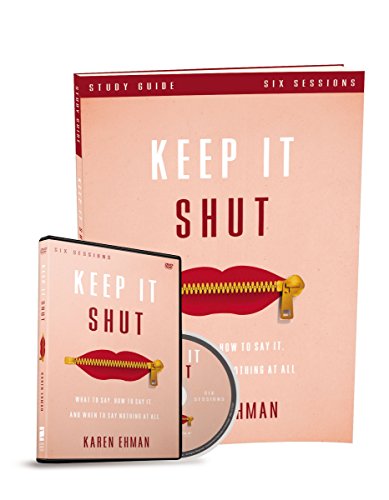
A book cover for Keep It Shut Study Guide with DVD: What to Say, How to Say It, and When to Say Nothing At All; Karen Ehman; Christian Books & Bibles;